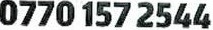
0770 157 2544